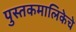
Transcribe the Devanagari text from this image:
पुस्तकमालिकेचे